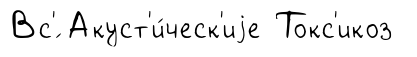
Вс'́ Акуст'и́ческ'иjе Токс'икоз